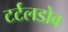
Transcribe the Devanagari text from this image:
टर्टलडोव